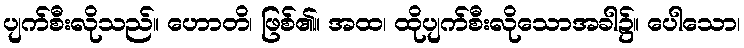
ပျက်စီးလိုသည်။ ဟောတိ၊ ဖြစ်၏။ အထ၊ ထိုပျက်စီးလိုသောအခါ၌။ ပေါသော၊